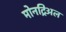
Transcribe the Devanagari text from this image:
मोनट्रिअल